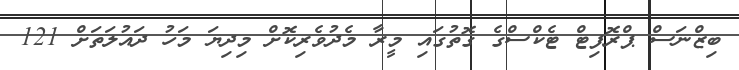
ބިޒްނަސް ޕްރޮފިޓް ޓެކްސްގެ ގޮތުގައި މީރާ މެދުވެރިކޮށް މިދިޔަ މަހު ދައުލަތަށް 121